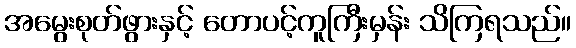
အမွေးစုတ်ဖွားနှင့် တောပင့်ကူကြီးမှန်း သိကြရသည်။